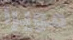
مويرا